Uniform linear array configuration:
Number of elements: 32
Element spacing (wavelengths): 0.25
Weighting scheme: hamming
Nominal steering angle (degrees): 15
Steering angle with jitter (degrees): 15.205
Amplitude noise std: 0.05
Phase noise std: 0.05

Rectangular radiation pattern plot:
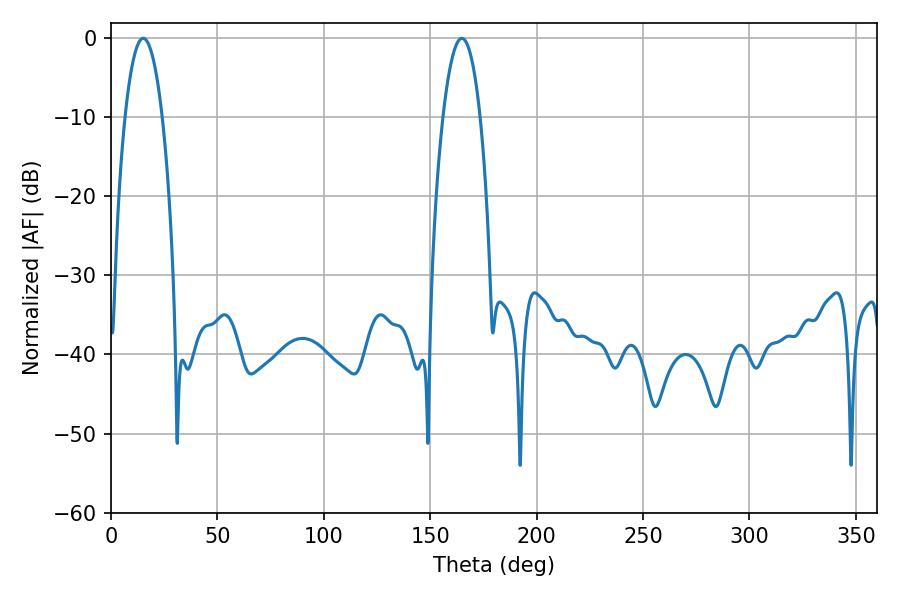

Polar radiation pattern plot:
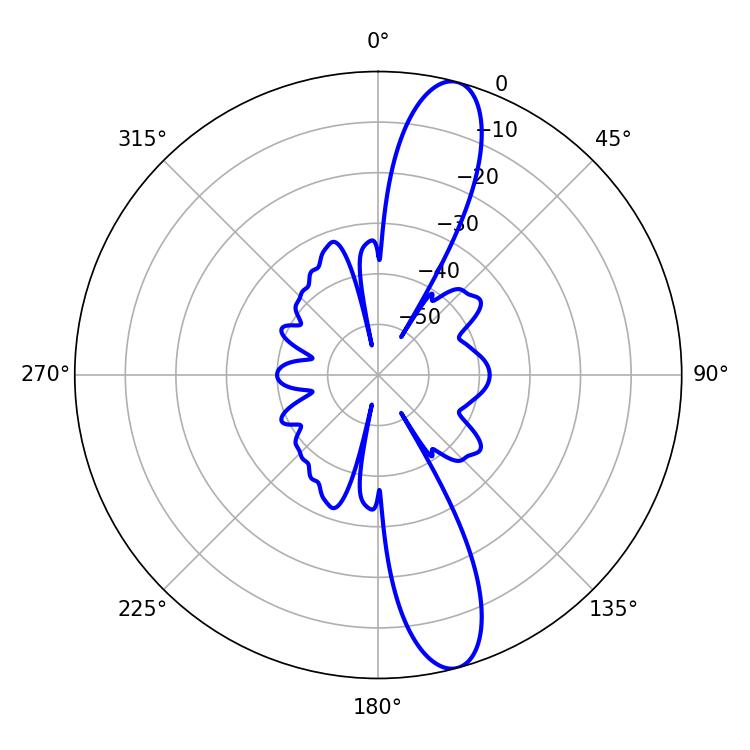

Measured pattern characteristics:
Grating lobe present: FALSE
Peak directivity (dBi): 13.238
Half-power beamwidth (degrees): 9.72
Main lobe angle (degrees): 15.12